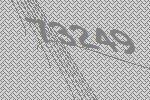
73249